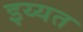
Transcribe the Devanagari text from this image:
इय्यत